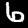
Label: 6